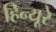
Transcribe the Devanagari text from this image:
हिन्यूरे